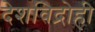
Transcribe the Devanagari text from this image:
देशविद्रोही